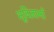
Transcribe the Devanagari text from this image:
भूविज्ञानों